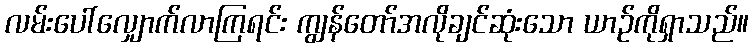
လမ်းပေါ်လျှောက်လာကြရင်း ကျွန်တော်အလိုချင်ဆုံးသော ယာဉ်ကိုရှာသည်။